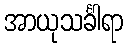
အာယုသင်္ခါရာ